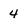
Character: 4